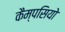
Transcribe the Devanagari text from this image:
कैम्पसियो